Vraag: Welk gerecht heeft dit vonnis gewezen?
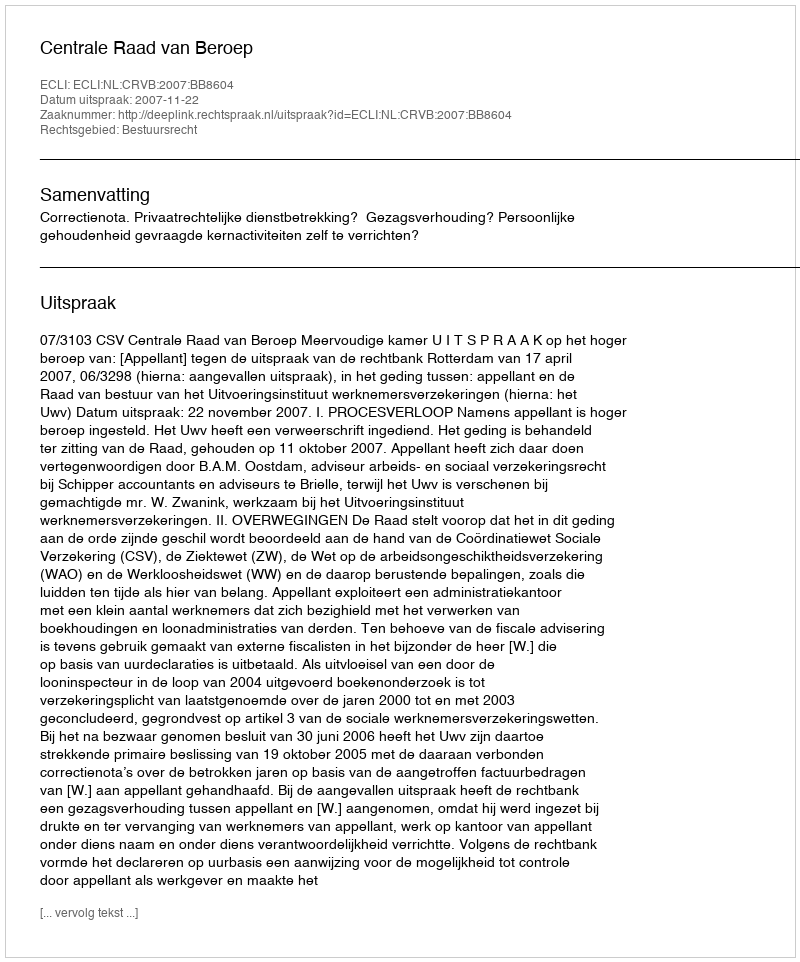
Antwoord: Centrale Raad van Beroep